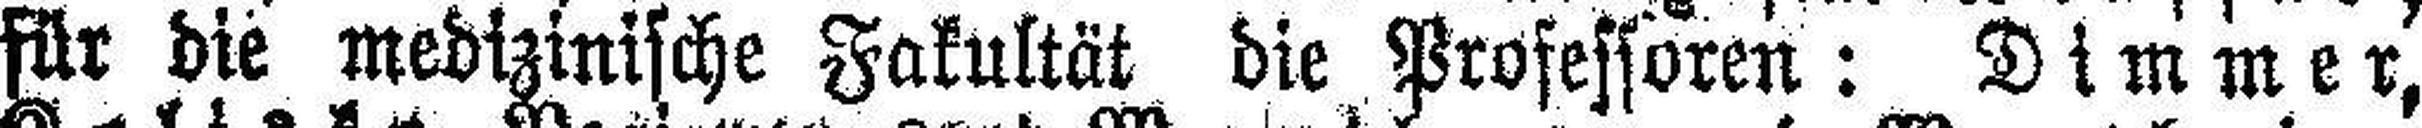
für die medizinische Fakultät die Professoren: Dimmer,